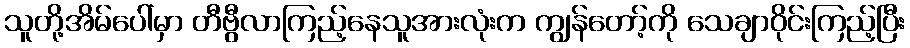
သူတို့အိမ်ပေါ်မှာ တီဗွီလာကြည့်နေသူအားလုံးက ကျွန်တော့်ကို သေချာဝိုင်းကြည့်ပြီး